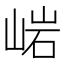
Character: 𱛳